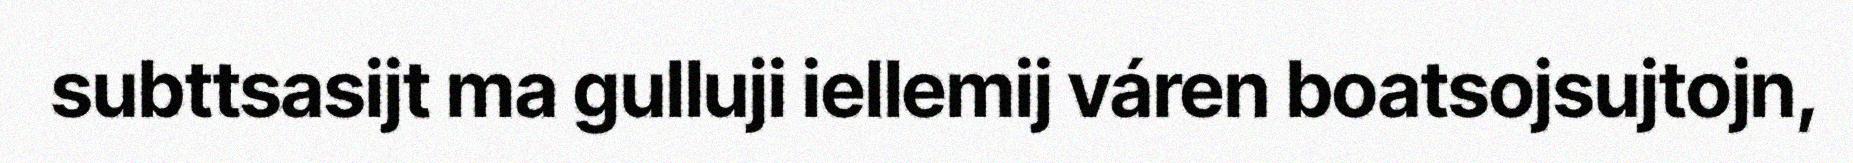
subttsasijt ma gulluji iellemij váren boatsojsujtojn,